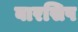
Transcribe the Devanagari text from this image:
बारसिप